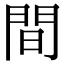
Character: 間